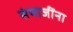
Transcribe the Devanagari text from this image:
संभाजींना